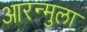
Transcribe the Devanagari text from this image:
आरन्मुला